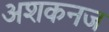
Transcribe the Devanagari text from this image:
अशकनज